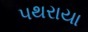
પથરાયા